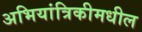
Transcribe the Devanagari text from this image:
अभियांत्रिकीमधील